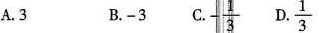
A.3 B.-3 C.$$- \frac{1}{3}$$ D. $$\frac{1}{3}$$